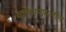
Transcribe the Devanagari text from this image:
वर्तमानामागील